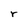
Character: r